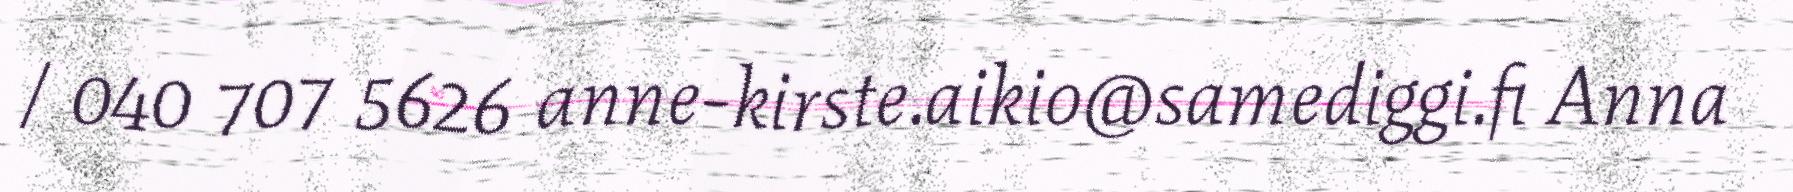
/ 040 707 5626 anne-kirste.aikio@samediggi.fi Anna